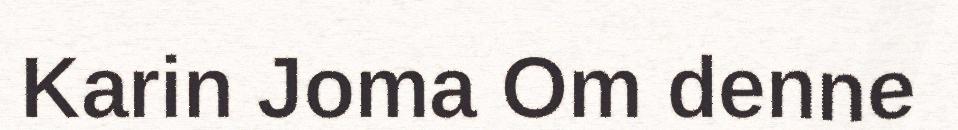
Karin Joma Om denne